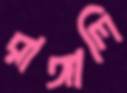
রাঙ্গালি